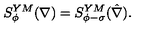
S _ { \phi } ^ { Y M } ( \nabla ) = S _ { \phi - \sigma } ^ { Y M } ( \hat { \nabla } ) .